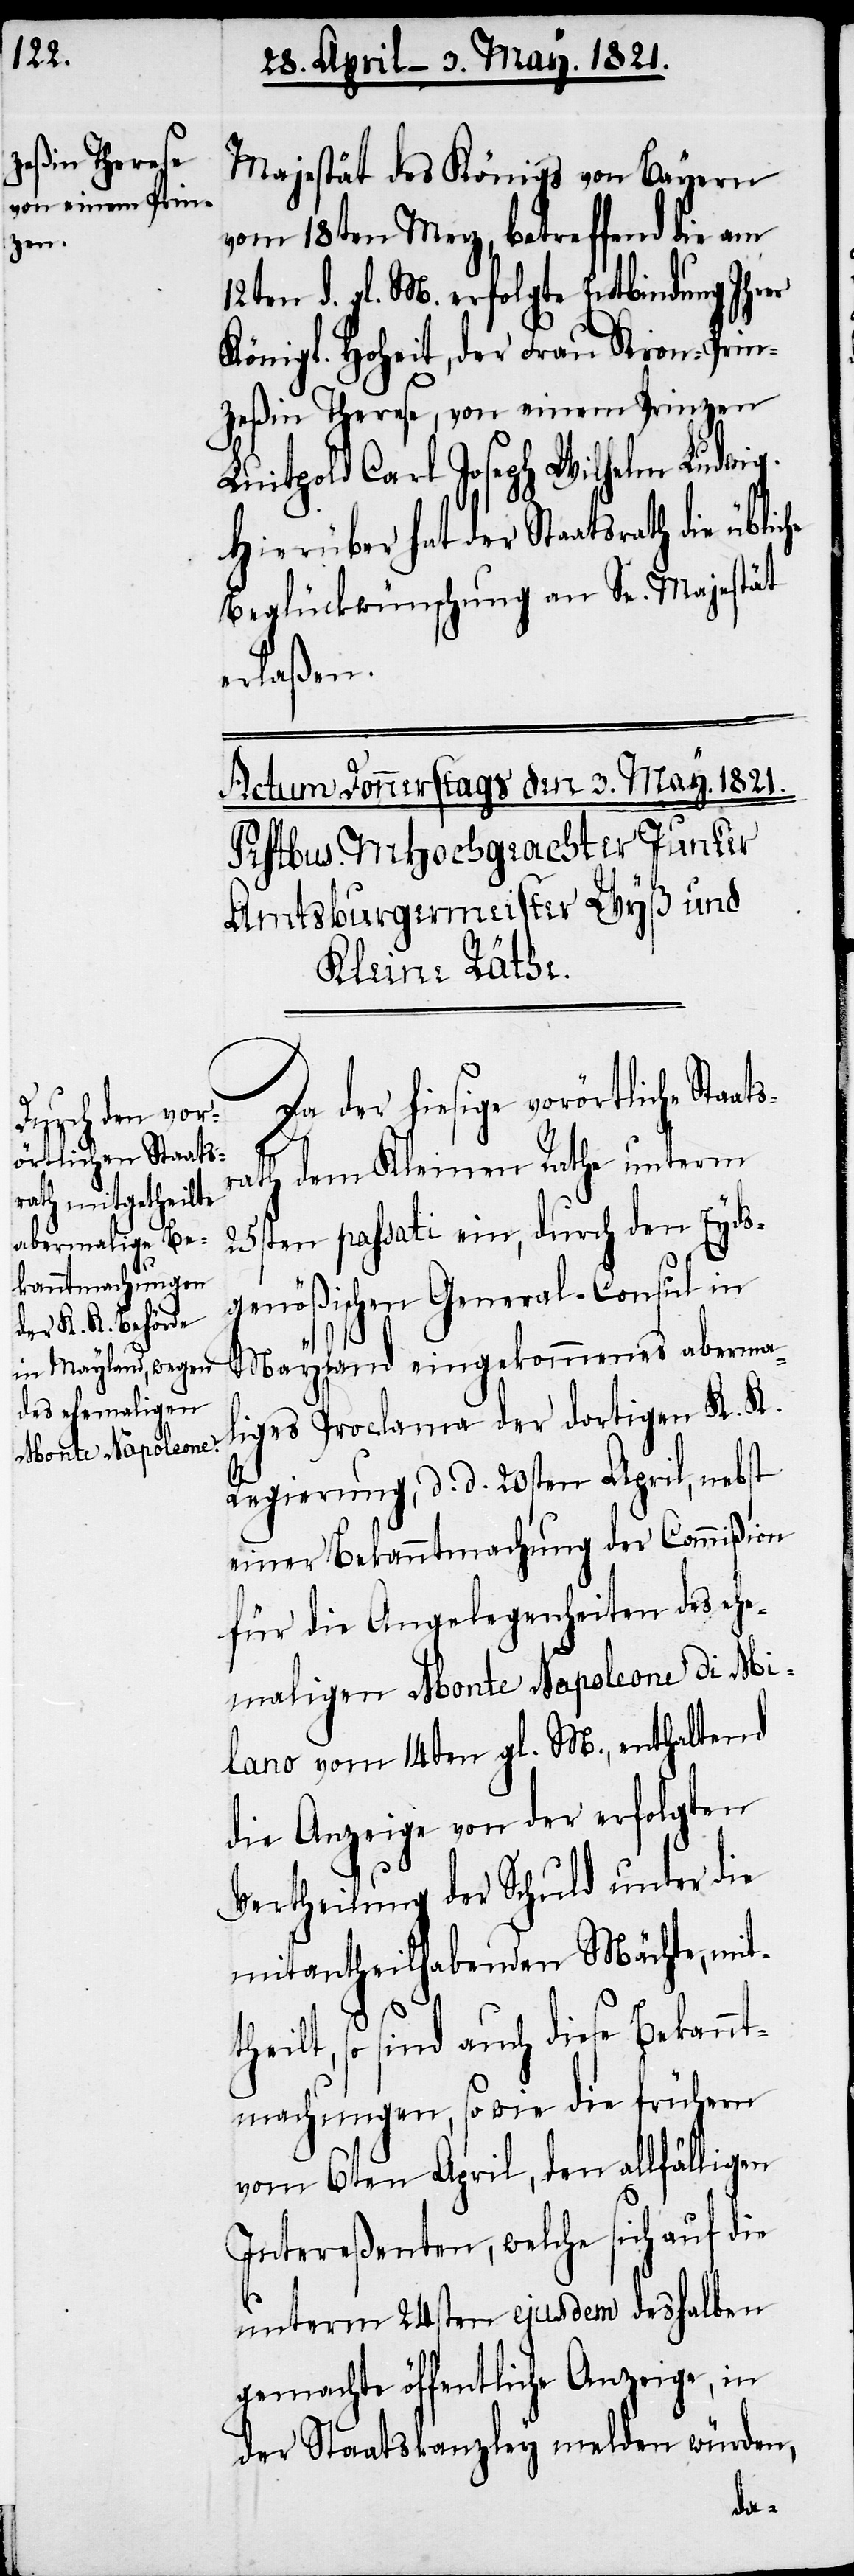
he

Majestät des Königs von Bayern
vom 18ten Merz, betreffend die am
12ten d. gl. M. erfolgte Entbindung Ihrer
Königl. Hoheit, der Frau Kron-Prin¬
zeßin Therese, von einem Prinzen
Luitpold Carl Joseph Wilhelm Ludwig.
Hierüber hat der Staatsrath die üblic¬
Beglückwünschung an Se. Majestät
erlaßen.
Da der hiesige vorörtliche Sta¬
ath dem Kleinen Rathe unterm
25sten passati ein, durch den Eyds¬
genößischen General-Consul in
Mayland eingekommenes aberma¬
liges Proclama der dortigen K. K.
Regierung, d. d. 20sten April, nebst
einer Bekanntmachung der Commißion
für die Angelegenheiten des ehe¬
maligen Monte Napoleone di Mi¬
lano vom 14ten gl. M., enthaltend
die Anzeige von der erfolgten
Vertheilung der Schuld unter die
mitantheilhabenden Mächte, mit¬
theilt, so sind auch diese Bekannt¬
machungen, so wie die frühern
vom 6ten April, den allfälligen
Intereßenten, welche sich auf die
unterm 24sten ejusdem deshalben
gemachte öffentliche Anzeige, in
der Staatskanzley melden würden,
atsr¬